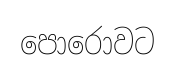
පොරොවට